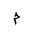
Letter: _mim